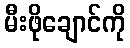
မီးဖိုချောင်ကို